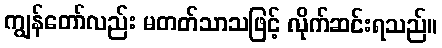
ကျွန်တော်လည်း မတတ်သာသဖြင့် လိုက်ဆင်းရသည်။